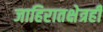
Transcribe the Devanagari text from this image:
जाहिरातक्षेत्रही